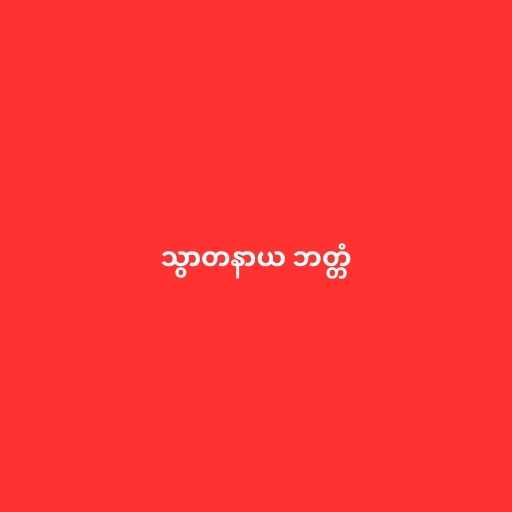
သွာတနာယ ဘတ္တံ